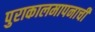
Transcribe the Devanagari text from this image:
पुराकालमापनाची